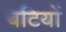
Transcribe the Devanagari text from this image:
बटियों